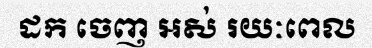
ដក ចេញ អស់ រយៈពេល